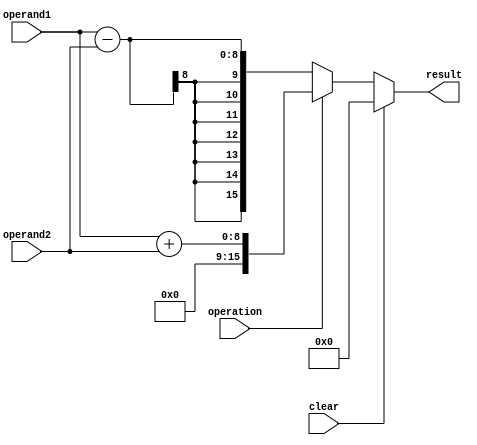
module accumulator (
    input wire clear,
    input wire operation,
    input wire [7:0] operand1,
    input wire [7:0] operand2,
    output reg [15:0] result
);

always @(*) begin
    if (clear) begin
        result <= 16'b0;
    end else begin
        if (operation) begin
            result <= operand1 + operand2;
        end else begin
            result <= operand1 - operand2;
        end
    end
end

endmodule